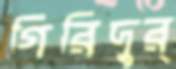
গিরিদুর্